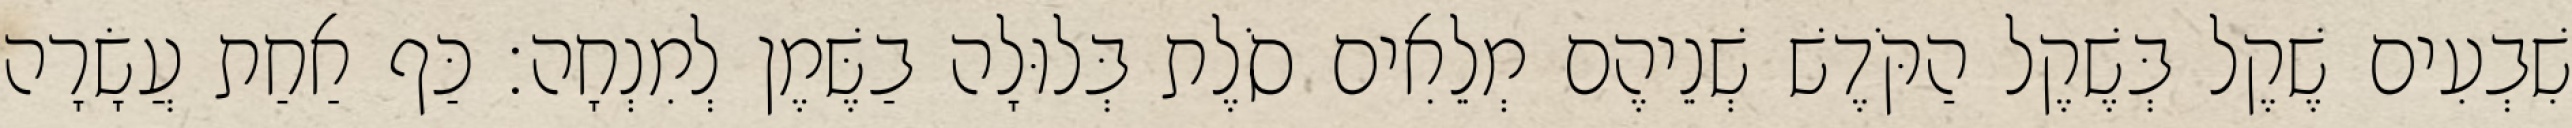
שִׁבְעִים שֶׁקֶל בְּשֶׁקֶל הַקֹּדֶשׁ שְׁנֵיהֶם מְלֵאִים סֹלֶת בְּלוּלָה בַשֶּׁמֶן לְמִנְחָה׃ כַּף אַחַת עֲשָׂרָה